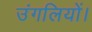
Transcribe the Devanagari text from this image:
उंगलियों।